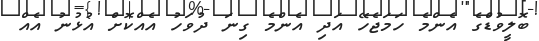
ބޮލީވުޑްގެ އެންމެ ހަމަޖެހޭ އަދި އެންމެ ގިނަ ދުވަހު އެއްކޮށް އުޅުނު އެއް